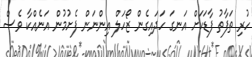
ހުރި ތަފާތު ފާޑަކަށް އަނގަ ހަދައިގެން ޒޯހަލް އިންނަން ފެށުމުން އަނެއްކާ ވެސް